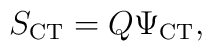
S_{\rm CT} = Q \Psi_{\rm CT},